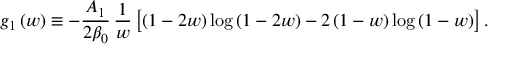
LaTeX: \, g _ { 1 } \left( w \right) \equiv - \frac { A _ { 1 } } { 2 \beta _ { 0 } } \, \frac { 1 } { w } \left[ \left( 1 - 2 w \right) \log \left( 1 - 2 w \right) - 2 \left( 1 - w \right) \log \left( 1 - w \right) \right] .